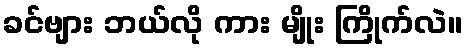
ခင်ဗျား ဘယ်လို ကား မျိုး ကြိုက်လဲ။